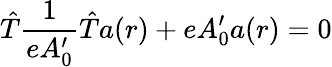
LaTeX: \hat{T}\frac{1}{eA_{0}^{\prime}}\hat{T}a(r)+eA_{0}^{\prime}a(r)=0